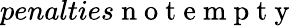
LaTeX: penalties\mathrm{~n~o~t~e~m~p~t~y~}